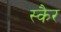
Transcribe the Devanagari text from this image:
स्कैर